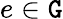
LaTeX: e\in\mathtt{G}